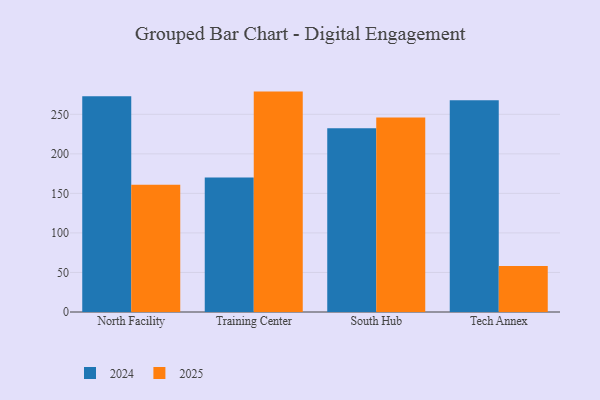
{"axis": {"x": "Campus", "y": "Inventory Turnover"}, "legend": ["2024", "2025"], "data": [{"x": "North Facility", "y": 272.7, "type": "2024"}, {"x": "North Facility", "y": 160.9, "type": "2025"}, {"x": "Training Center", "y": 170.1, "type": "2024"}, {"x": "Training Center", "y": 278.7, "type": "2025"}, {"x": "South Hub", "y": 232.3, "type": "2024"}, {"x": "South Hub", "y": 245.9, "type": "2025"}, {"x": "Tech Annex", "y": 267.9, "type": "2024"}, {"x": "Tech Annex", "y": 58.2, "type": "2025"}]}